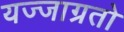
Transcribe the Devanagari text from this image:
यज्जाग्रतो